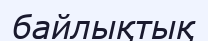
байлықтық